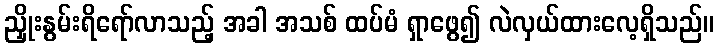
ညှိုးနွမ်းရိရော်လာသည့် အခါ အသစ် ထပ်မံ ရှာဖွေ၍ လဲလှယ်ထားလေ့ရှိသည်။